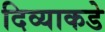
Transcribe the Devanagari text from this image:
दिव्याकडे